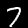
Digit: 7